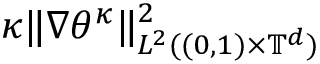
\kappa \| \nabla \theta ^ { \kappa } \| _ { L ^ { 2 } ( ( 0 , 1 ) \times \ensuremath { \mathbb { T } } ^ { d } ) } ^ { 2 }